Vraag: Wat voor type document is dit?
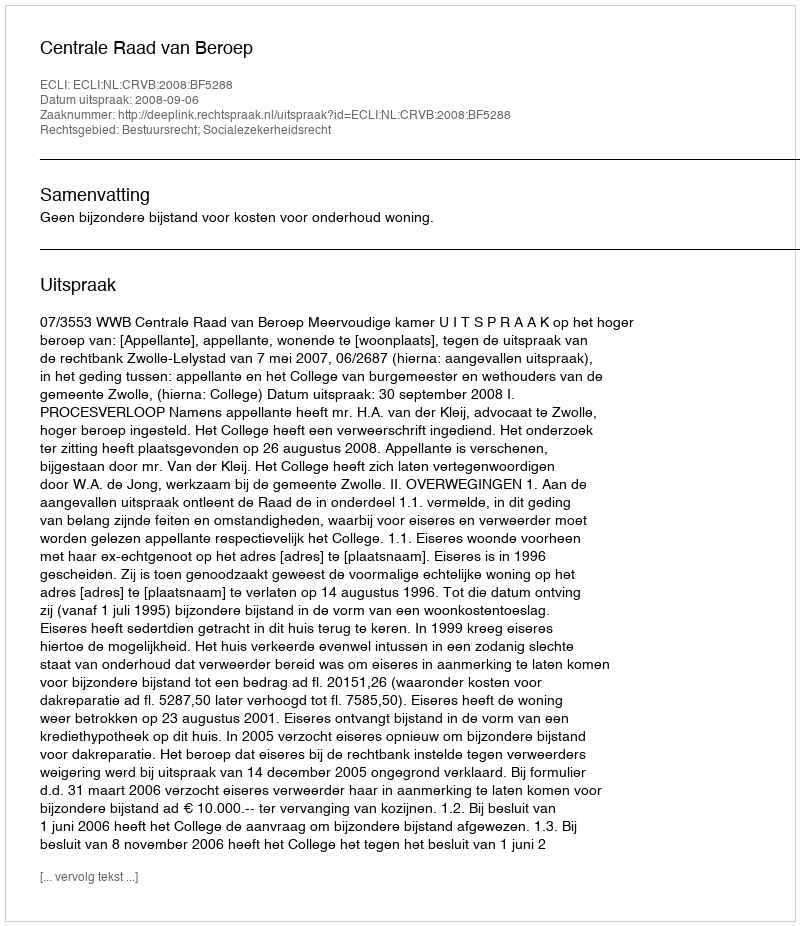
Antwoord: Uitspraak